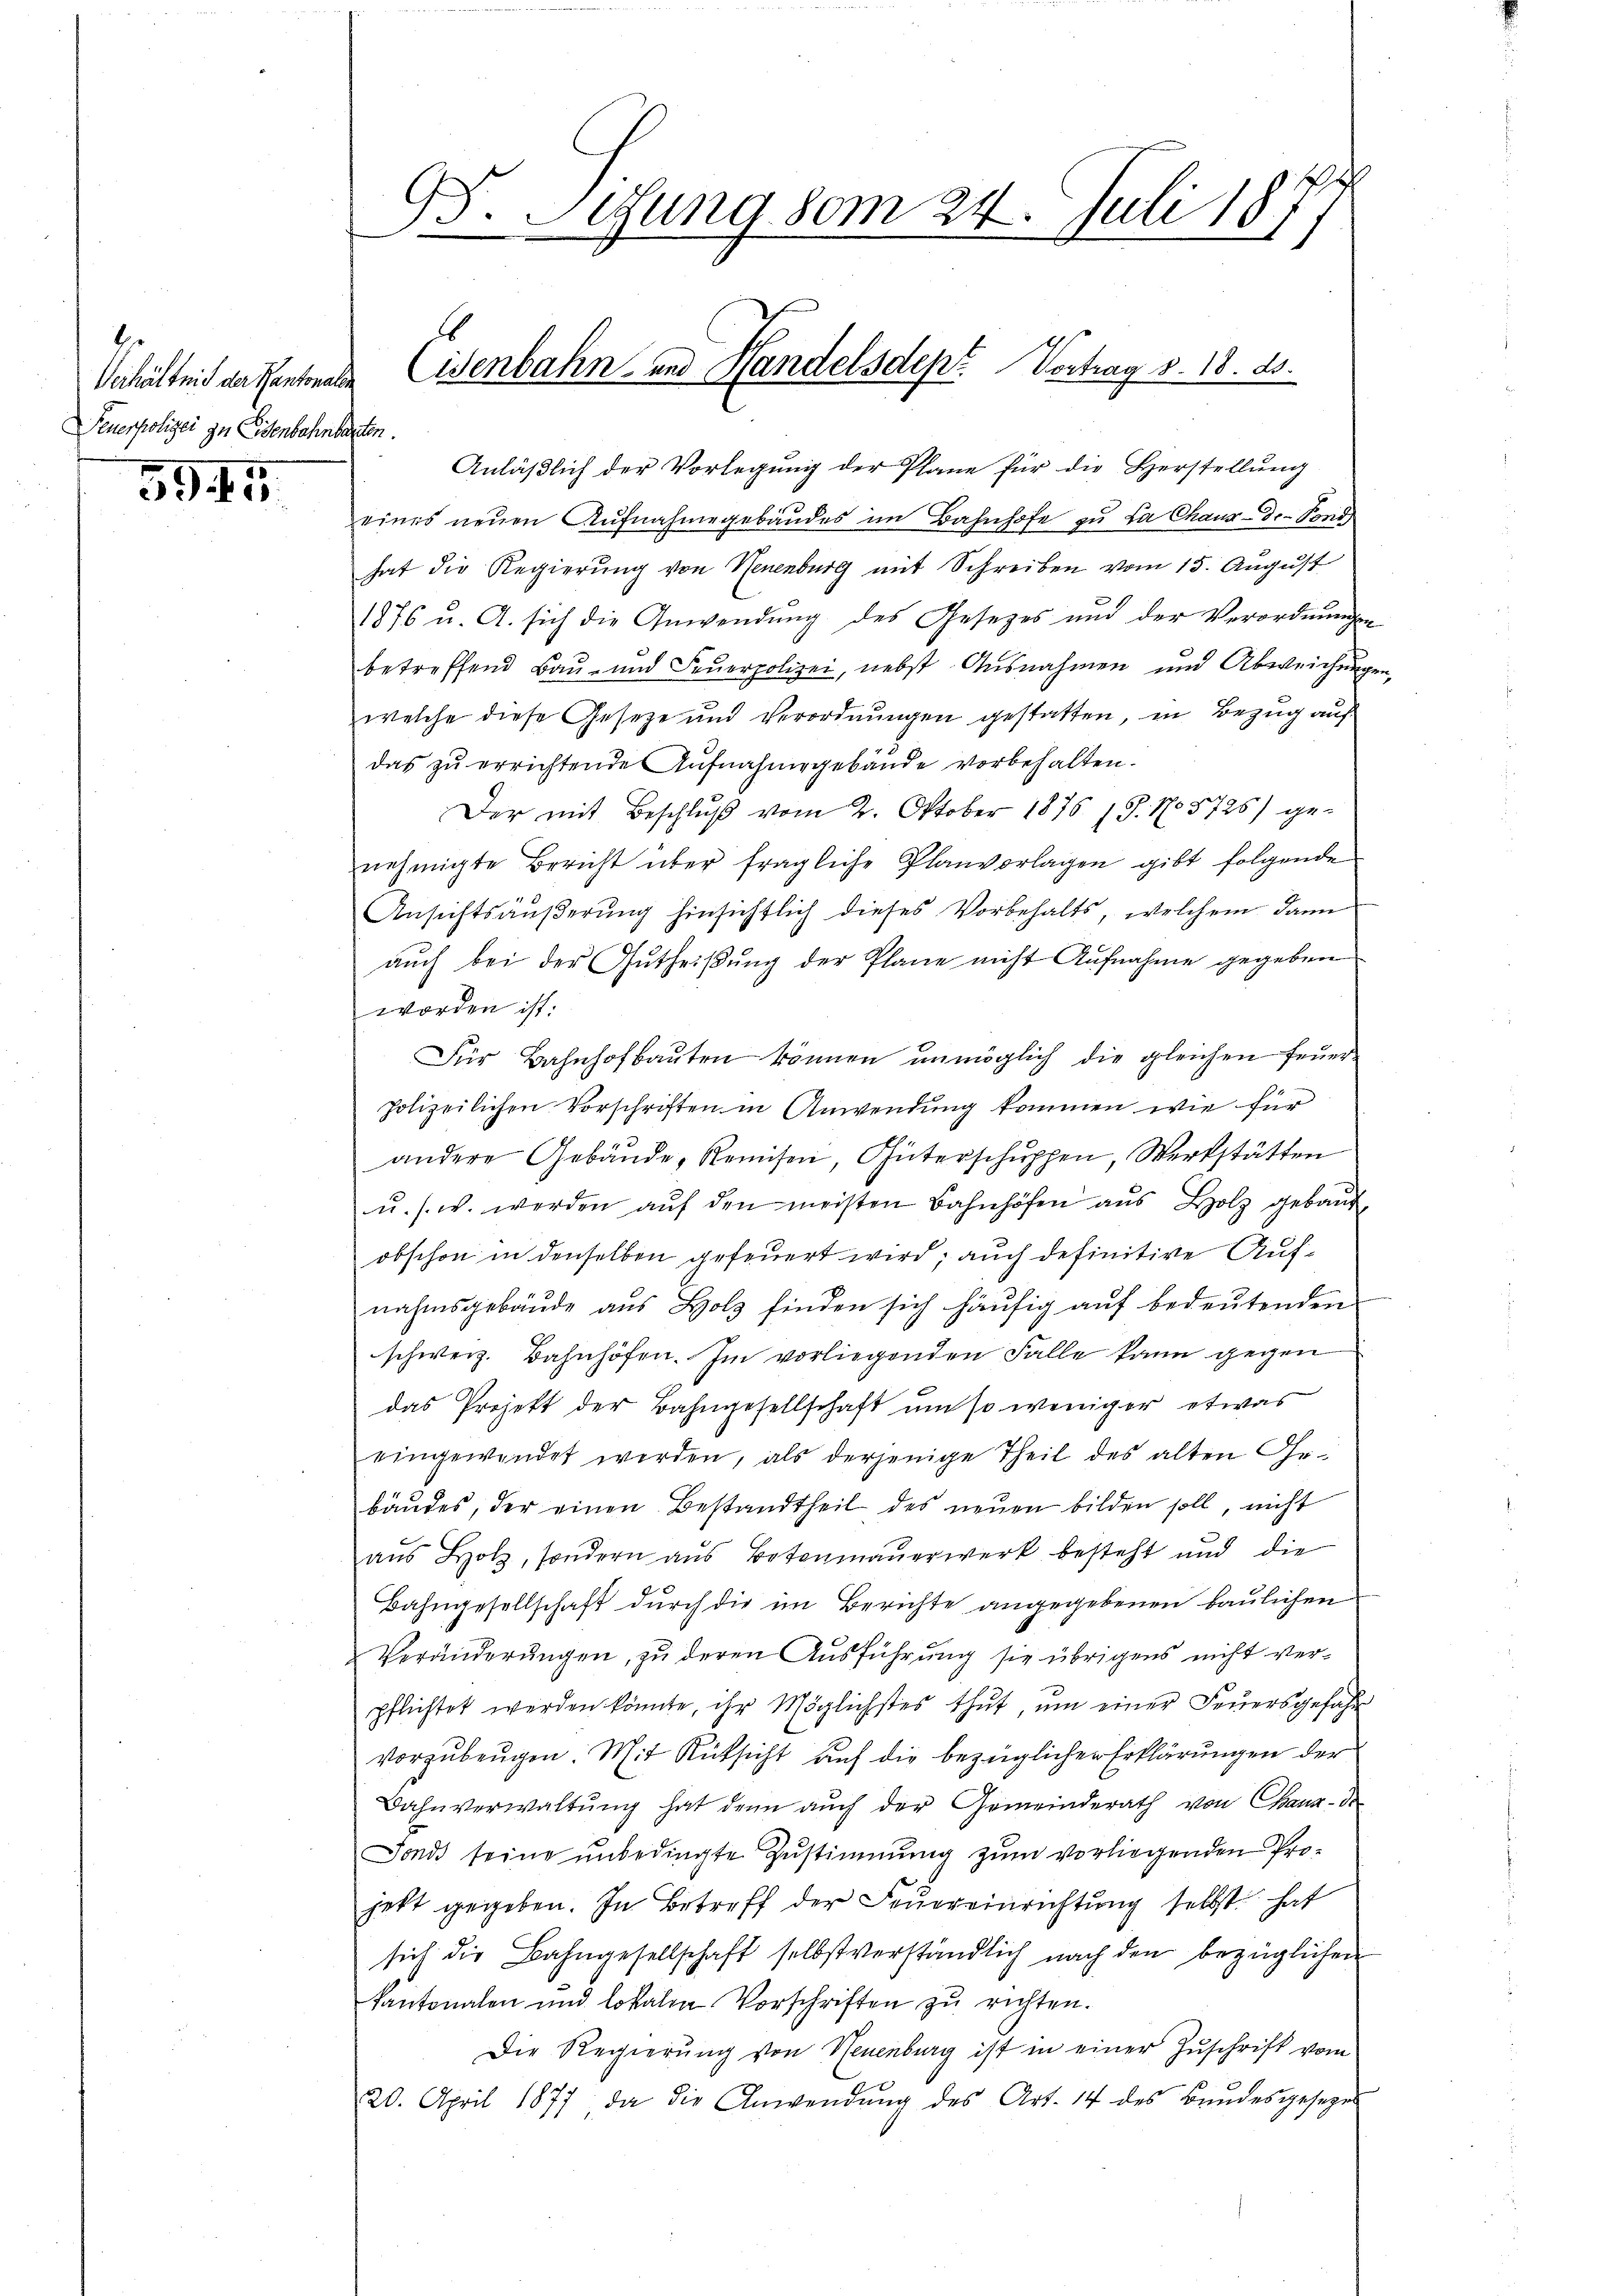
b
Verhältnis der Kantonalen
Feuerpolizei zu Eisenbahnbarten.

59. 15.

Anläßlich der Vorlegung der Plane für die Herstellung
eines neuen Aŭfnahmegebäŭdes im Bahnhofe zu La Chaux-de-Fond
hat die Regierung von Neuenburg mit Schreiben vom 15. August
1876 u. A. sich die Anwendung des Gesezes und der Verordnungen
betreffend Baŭ- und Feŭerpolizei, nebst Ausnahmen und Abweichŭngen,
welche diese Gesetze und Verordnungen gestatten, in Bezug auf
das zu errichtende Aufnahmegebäude vorbehalten.
Der mit Beschluß vom 2. Oktober 1876 18. No. 5725) ge-
nehmigte Bericht über fragliche Planvorlagen gibt folgende
Ansichtsäŭβerŭng hinsichtlich dieses Vorbehalts, welchem dann
aŭch bei der Gŭtheiβŭng der Plane nicht Aufnahme gegeben
worden ist:
Für Bahnhofbaŭten können ŭnmöglich die gleichen Feŭer-
polizeilichen Vorschriften in Anwendung kommen wie für
andere Gebäŭde, Remisen, Güterschuppen, Werkstätten
u. s. w. werden aŭf den meisten Bahnhöfen aŭs Holz gebaut
obschon in denselben gefeuert wird; auch definitive Aufnahmsgebäude aus Holz finden sich häufig auf bedeutenden
schweiz. Bahnhöfen. Im vorliegenden Falle kann gegen
das Projekt der Bahngesellschaft um so weniger etwas
eingewendet werden, als derjenige Theil des alten Gebäŭdes, der einen Bestandtheil des neŭen bilden soll, nicht
aŭs Holz, sondern aus Botenmaŭerwerk besteht und die
Bahngesellschaft dŭrch die im Berichte angegebenen baŭlichen
Veränderungen, zu deren Ausführung sie übrigens nicht verpflichtet werden könnte, ihr Möglichstes thut, ŭm einer Feŭersgefahr
vorzubeugen. Mit Rüksicht auf die bezüglicher Erklärungen der
Bahnverwaltŭng hat denn aŭch der Gemeinderath von Chaux-de
Fonds seine ŭnbedingte Zŭstimmung zŭm vorliegenden Pro-
jett gegeben. In Betreff der Feŭereinrichtung selbst hat
sich die Bahngesellschaft selbst verständlich nach den bezüglichen
Kantonalen und Lokalen Vorschriften zŭ richten.
Die Regierŭng von Neuenburg ist in einer Zŭschrift vom
20. April 1877, da die Anwendŭng des Art. 14 des Bandesgesezes

95. Sesung vom 24. Juli 18

Eisenbahn- und Handelsdept. Vertrag v. 18. ds.